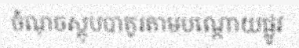
ចំណុចស្តុបបាគូរតាមបណ្តោយផ្លូវ